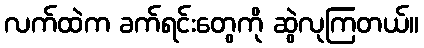
လက်ထဲက ခက်ရင်းတွေကို ဆွဲလုကြတယ်။